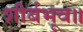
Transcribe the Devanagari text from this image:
शीर्बभूव॥